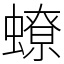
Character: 蟟